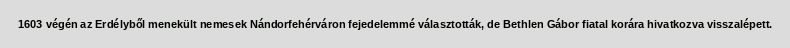
1603 végén az Erdélyből menekült nemesek Nándorfehérváron fejedelemmé választották, de Bethlen Gábor fiatal korára hivatkozva visszalépett.